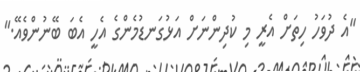
"އެ ދުވަހު ހިތަށް އެރީ މި ކުދިންނަށް އަޅުގަނޑުމެންގެ އެހީ އެބަ ބޭނުންވެއޭ."